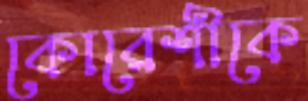
কোরেশীকে